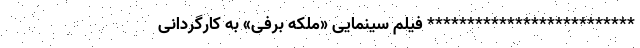
************************** فیلم سینمایی «ملکه برفی» به کارگردانی